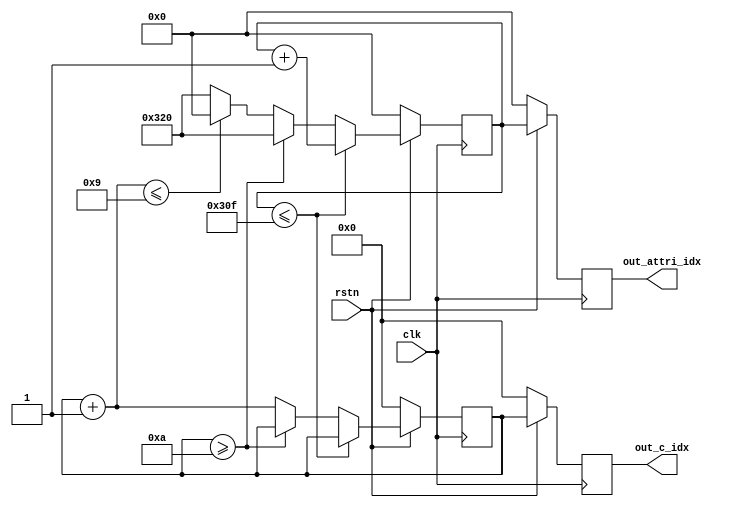
//////////////////////////////////////////////////////////////////////////////////
// Company: 
// Engineer: 
// 
// Design Name: 
// Module Name: cmpt_idx
// Project Name: 
// Target Devices: 
// Tool Versions: 
// Description: 
// 
// Dependencies: 
// 
// Revision:
// Revision 0.01 - File Created
// Additional Comments:
// 
//////////////////////////////////////////////////////////////////////////////////


module cmpt_idx(
   input clk,
   input rstn,
   
   output reg [3 : 0]out_c_idx,
   output reg [9 : 0]out_attri_idx   
    );
    
    reg [3 : 0] tmp_c_idx = 0;
    reg [9 : 0] tmp_attri_idx = 0;
    
    always@(posedge clk)
    begin
       if (rstn == 0)
       begin
          out_c_idx = 0;
          out_attri_idx = 0;
          tmp_c_idx = 0;
          tmp_attri_idx = 0;
       end
       
       else
       begin
          out_c_idx = tmp_c_idx;
          out_attri_idx = tmp_attri_idx;
          
          if (tmp_attri_idx <= 783)
          begin
             tmp_c_idx = tmp_c_idx;
             tmp_attri_idx = tmp_attri_idx + 1;   
          end
          
          else
          begin
             if (tmp_c_idx >= 10)
             begin
                tmp_c_idx = tmp_c_idx;
                tmp_attri_idx = 800;
             end
             else
             begin
                tmp_c_idx = tmp_c_idx + 1;
                tmp_attri_idx = (tmp_c_idx <= 9) ? 0 : 800;
             end
          end
          
       end
    end
endmodule